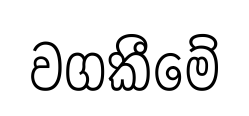
වගකීමේ